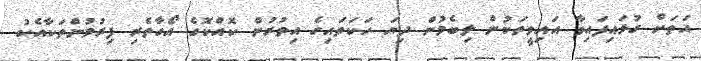
އަތަށް ގުޅައިފައިވާ އައިވީތަކުން ލިބެމުން ދިޔަ ހަކަތައިގެ އިތުރުން ކޮއްކޮގެ އޯގާތެރި ފިރުމުންތަކާއެކު